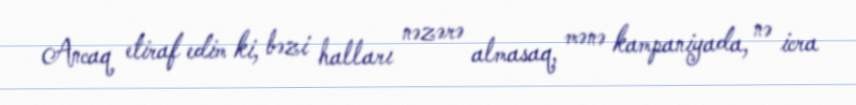
Ancaq etiraf edim ki, bəzi halları nəzərə almasaq, mənə kampaniyada, nə icra